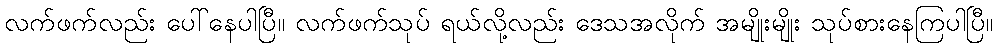
လက်ဖက်လည်း ပေါ်နေပါပြီ။ လက်ဖက်သုပ် ရယ်လို့လည်း ဒေသအလိုက် အမျိုးမျိုး သုပ်စားနေကြပါပြီ။